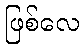
ဖြစ်လေ